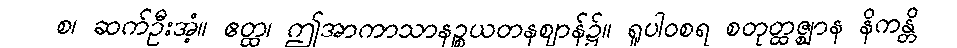
စ၊ ဆက်ဦးအံ့။ ဧတ္ထ၊ ဤအာကာသာနဉ္စယတနဈာန်၌။ ရူပါဝစရ စတုတ္ထဇ္ဈာန နိကန္တိ